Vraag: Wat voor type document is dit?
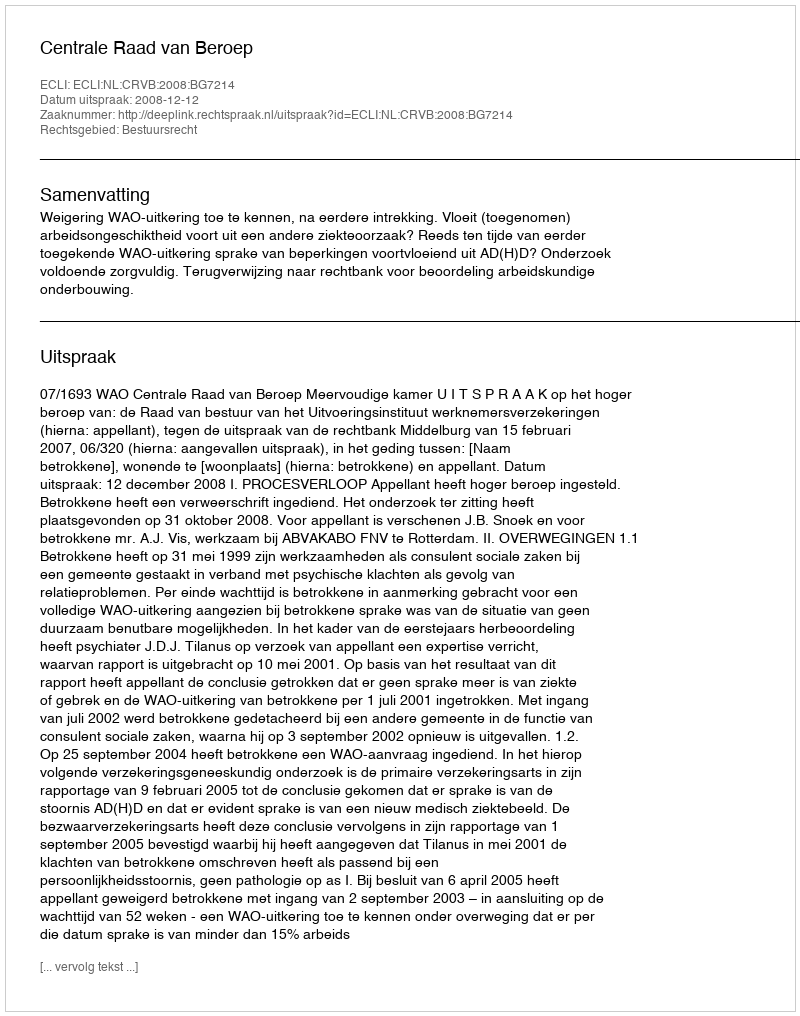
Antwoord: Uitspraak